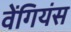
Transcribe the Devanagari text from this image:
वेंगियंस